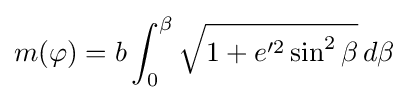
m(\varphi )=b\int _{0}^{\beta }{\sqrt {1+e'^{2}\sin ^{2}\beta }}\,d\beta